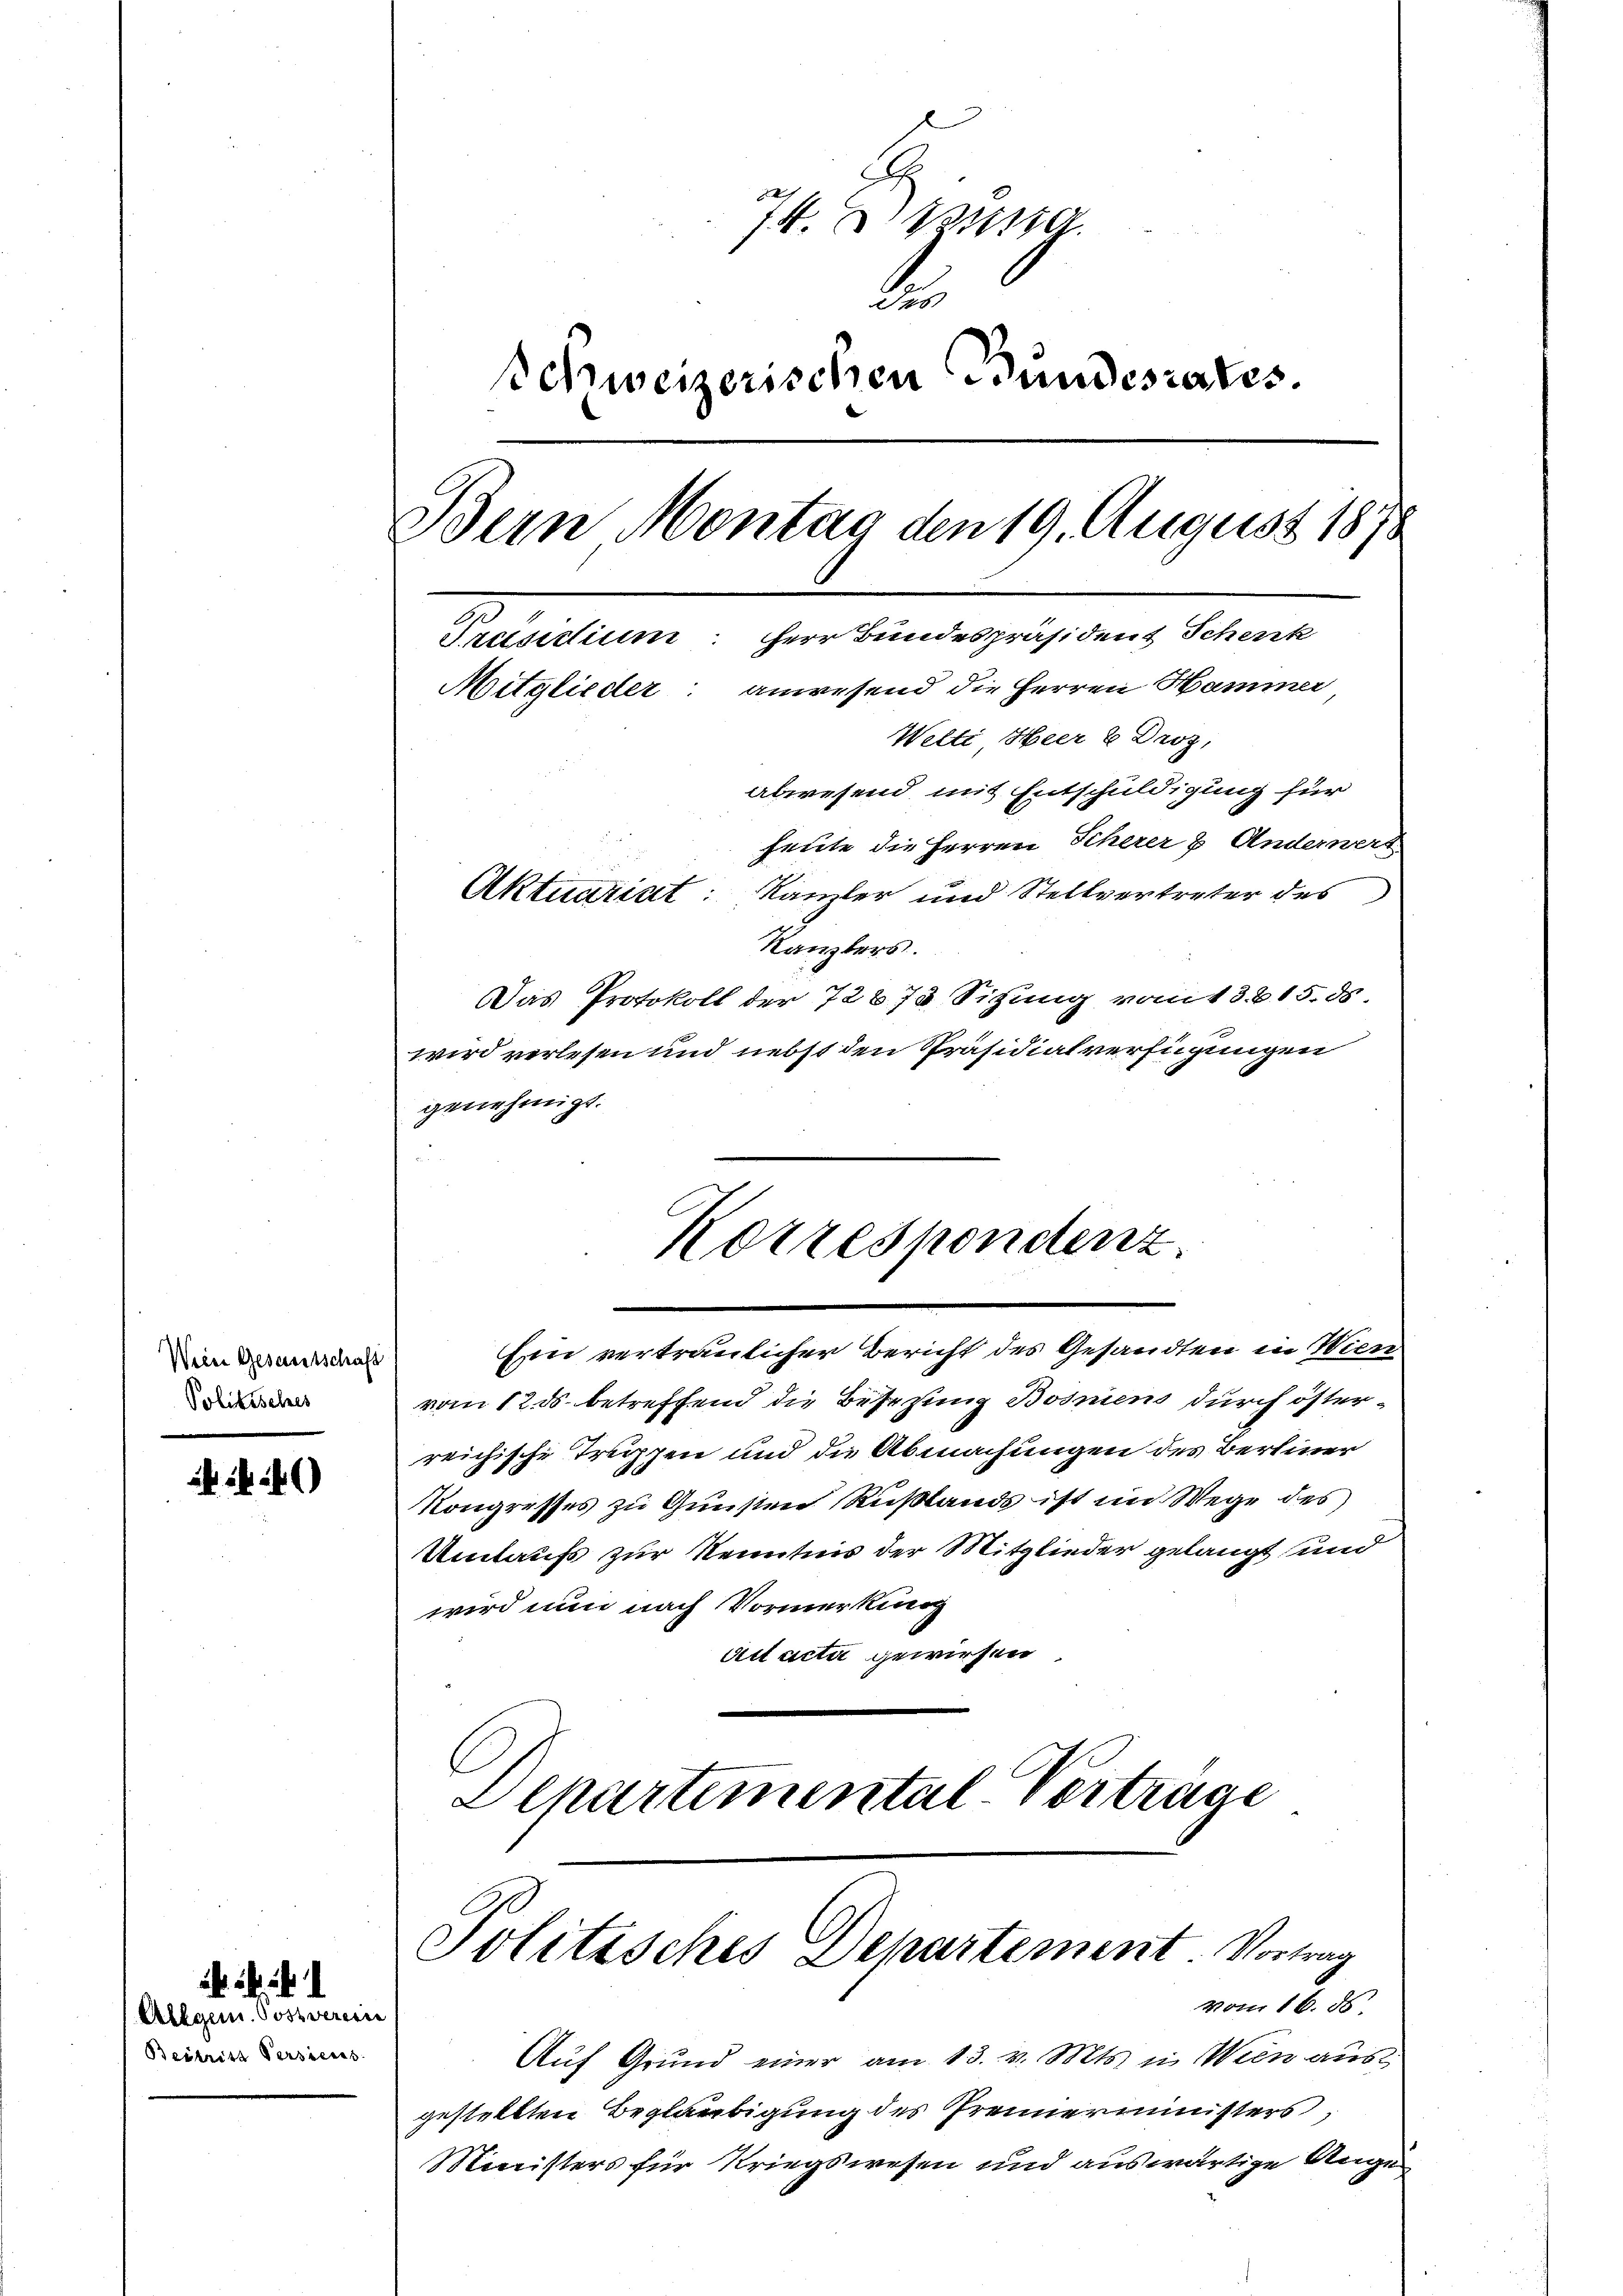
Wein Gesamtschaft
Politisches

)

Allgem. Postverei
Bestritt Persiens

74. 410.
d
Schweizerischen Bundesrates.
Bern Montag den 19. August 1878
Preisidium: Herr Bundespräsident Schenk
Mitglieder: anwesend die Herren Hammer
Welti Heer & Droz.
abwesend mit Entschuldigung für
heute die Herren Scherer 2. Anderwers
Aktuariat: Kanzler und Stellvertreter des
Kanzlers.
Das Protokoll der 72678 Sitzung vom 13. 215. ds

Ein vertraulicher Bericht des Gesandten in Wien
vom 12. ds. betreffend die Besezung Bosmens durch österreichische Treppen und die Abmachungen des Bereiner
Kongresses zu Gunsten Rußlands ist im Wege des
Umtaufs zur Kenntnis der Mitglieder gelangt und
wird nun nach Vormerkung
Act acta gewiesen
Departemental Vertrage

wird verlesen und nebst den Präsidialverfügungen
genehmigt.
Korrespondenz.

Politisches Departement. Vortrag
vom 16. ds.

Auf Grund einer am 13. v. Mts. in Wien aus
gestellten Beglaubigung des Trennerministers,
Ministers für Kriegswesen und auswärtige Auge